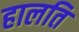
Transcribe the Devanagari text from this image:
हालति